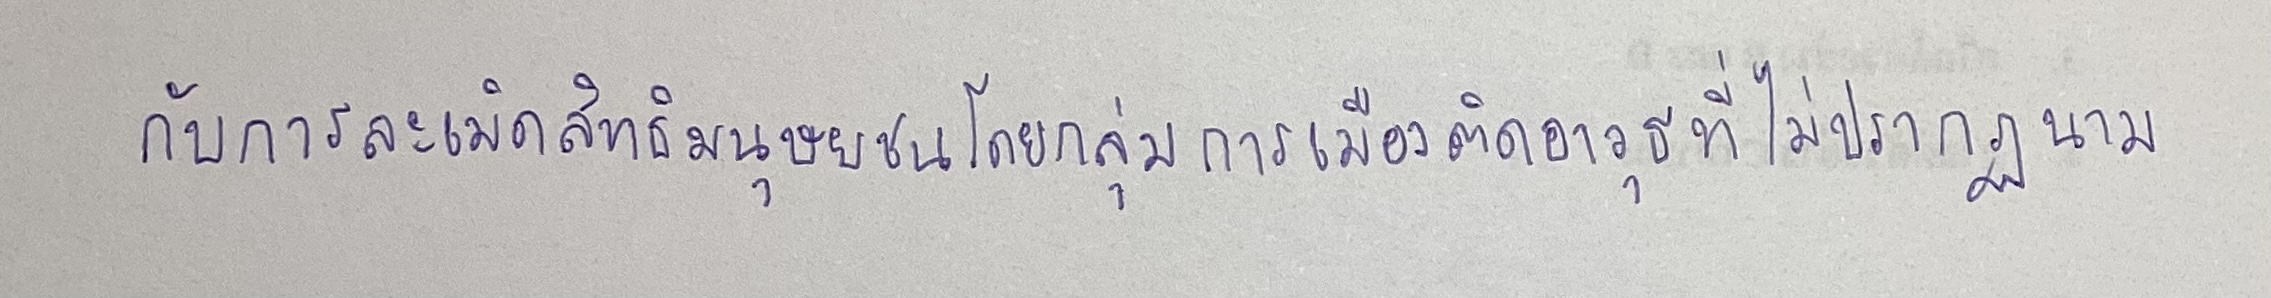
กับการละเมิดสิทธิมนุษยชนโดยกลุ่มการเมืองติดอาวุธที่ไม่ปรากฏนาม